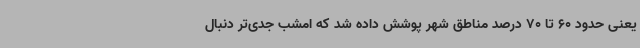
یعنی حدود 60 تا 70 درصد مناطق شهر پوشش داده شد که امشب جدی‌تر دنبال